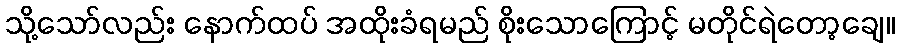
သို့သော်လည်း နောက်ထပ် အထိုးခံရမည် စိုးသောကြောင့် မတိုင်ရဲတော့ချေ။